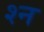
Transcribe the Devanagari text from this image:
श्‍न